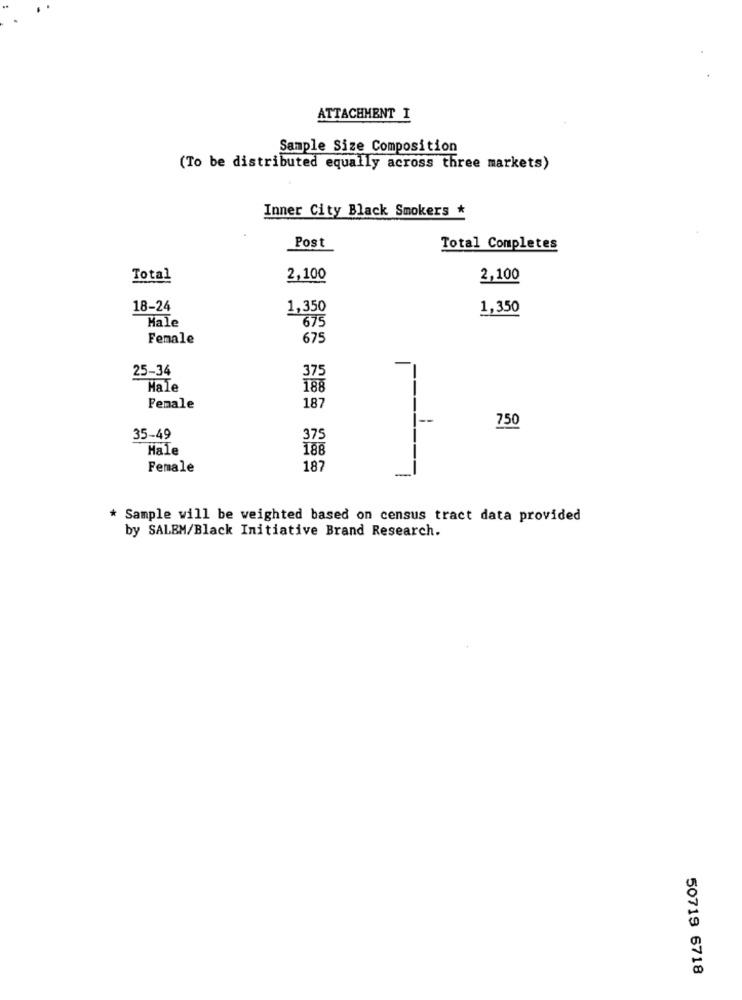
ATTACHMENT I
Sample Size Composition
(To be distributed equally across three markets)
Inner City Black Smokers *
Post
Total Completes
Total
2,100
2,100
18-24
1,350
1,350
Male
675
Female
675
25-34
375
Hale
188
Female
187
750
35-49
375
Male
188
Female
187
-
* Sample will be weighted based on census tract data provided
by SALEM/Black Initiative Brand Research.
50719 6718